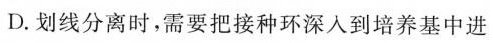
D.划线分离时，需要把接种环深入到培养基中进